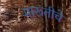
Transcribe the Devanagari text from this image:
मारूतीचे